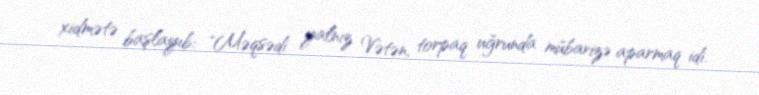
xidmətə başlayıb: "Məqsədi yalnız Vətən, torpaq uğrunda mübarizə aparmaq idi.